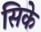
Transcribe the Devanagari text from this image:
सिके